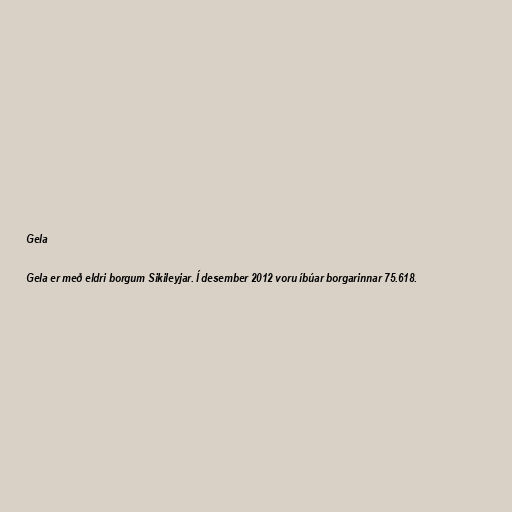
Gela

Gela er með eldri borgum Sikileyjar. Í desember 2012 voru íbúar borgarinnar 75.618.